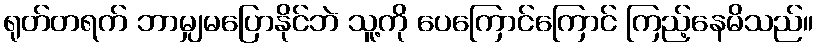
ရုတ်တရက် ဘာမျှမပြောနိုင်ဘဲ သူ့ကို ပေကြောင်ကြောင် ကြည့်နေမိသည်။